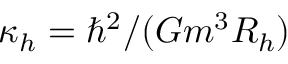
\kappa _ { h } = \hbar ^ { 2 } / ( G m ^ { 3 } R _ { h } )